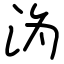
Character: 沩